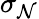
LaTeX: \sigma_{\mathcal{N}}